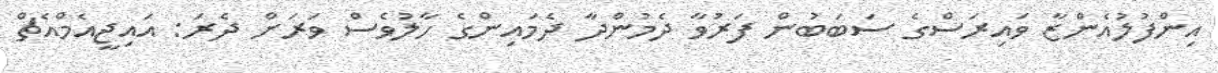
އިންފުލުއެންޒާ ވައިރަސްގެ ސަބަބުން ފަރުވާ ދެމުންދާ ދެމައިންގެ ހާލުވެސް ވަރަށް ދެރަ: އައިޖީއެމްއެޗް